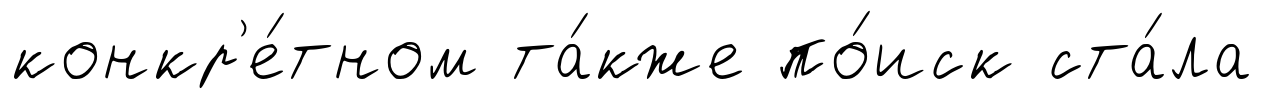
конкр'е́тном та́кже по́иск ста́ла